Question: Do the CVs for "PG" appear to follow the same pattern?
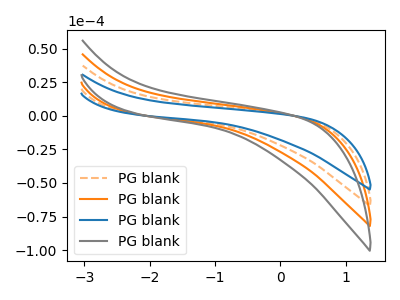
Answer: <think>The orange dashed curve "PG blank1" has no peaks. The orange curve "PG blank2" has no peaks. The blue curve "PG blank3" has no peaks. The gray curve "PG blank4" has no peaks.
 Neither "PG blank1" or "PG blank2" have any peaks. Neither "PG blank1" or "PG blank3" have any peaks. Neither "PG blank1" or "PG blank4" have any peaks. Neither "PG blank2" or "PG blank3" have any peaks. Neither "PG blank2" or "PG blank4" have any peaks. Neither "PG blank3" or "PG blank4" have any peaks.</think>
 <answer>All the CV's of "PG" have similar shape.</answer>
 <eval>follow_rule</eval>